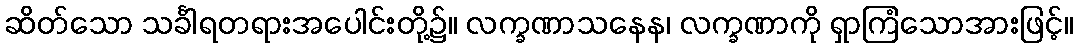
ဆိတ်သော သင်္ခါရတရားအပေါင်းတို့၌။ လက္ခဏာသနေန၊ လက္ခဏာကို ရှာကြံသောအားဖြင့်။